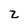
Character: z